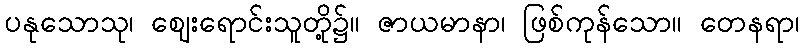
ပနုသောသု၊ ဈေးရောင်းသူတို့၌။ ဇာယမာနာ၊ ဖြစ်ကုန်သော။ တေနရာ၊